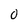
Character: 0